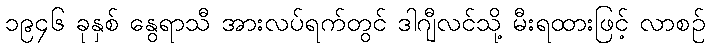
၁၉၄၆ ခုနှစ် နွေရာသီ အားလပ်ရက်တွင် ဒါဂျီလင်သို့ မီးရထားဖြင့် လာစဉ်